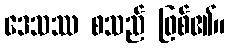
ဒေသဿ စသည် ဖြစ်၏။